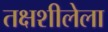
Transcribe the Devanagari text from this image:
तक्षशीलेला